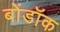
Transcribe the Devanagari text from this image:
बोंडॉक